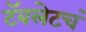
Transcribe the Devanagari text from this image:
टॅबलेटचं